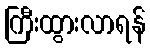
ကြီးထွားလာရန်